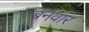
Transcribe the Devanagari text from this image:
बनवार